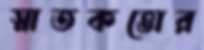
স্নাতকত্তোর